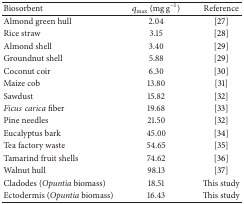
<table><thead><tr><td><b>Biosorbent</b></td><td><b><i>q</i><sub>max⁡</sub> (mg g<sup>−1</sup>)</b></td><td><b>Reference</b></td></tr></thead><tbody><tr><td>Almond green hull</td><td>2.04</td><td>[27]</td></tr><tr><td>Rice straw</td><td>3.15</td><td>[28]</td></tr><tr><td>Almond shell</td><td>3.40</td><td>[29]</td></tr><tr><td>Groundnut shell</td><td>5.88</td><td>[29]</td></tr><tr><td>Coconut coir</td><td>6.30</td><td>[30]</td></tr><tr><td>Maize cob</td><td>13.80</td><td>[31]</td></tr><tr><td>Sawdust</td><td>15.82</td><td>[32]</td></tr><tr><td><i>Ficuscarica</i> fiber</td><td>19.68</td><td>[33]</td></tr><tr><td>Pine needles</td><td>21.50</td><td>[32]</td></tr><tr><td>Eucalyptus bark</td><td>45.00</td><td>[34]</td></tr><tr><td>Tea factory waste</td><td>54.65</td><td>[35]</td></tr><tr><td>Tamarind fruit shells</td><td>74.62</td><td>[36]</td></tr><tr><td>Walnut hull</td><td>98.13</td><td>[37]</td></tr><tr><td>Cladodes (<i>Opuntia</i> biomass)</td><td>18.51</td><td>This study</td></tr><tr><td>Ectodermis (<i>Opuntia</i> biomass)</td><td>16.43</td><td>This study</td></tr></tbody></table>